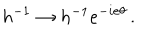
LaTeX: h ^ { - 1 } \to h ^ { - 1 } { e } ^ { - i { \mathrm { e } } \theta } \, .